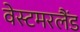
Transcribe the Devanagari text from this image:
वेस्टमरलैंड